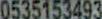
0535153493